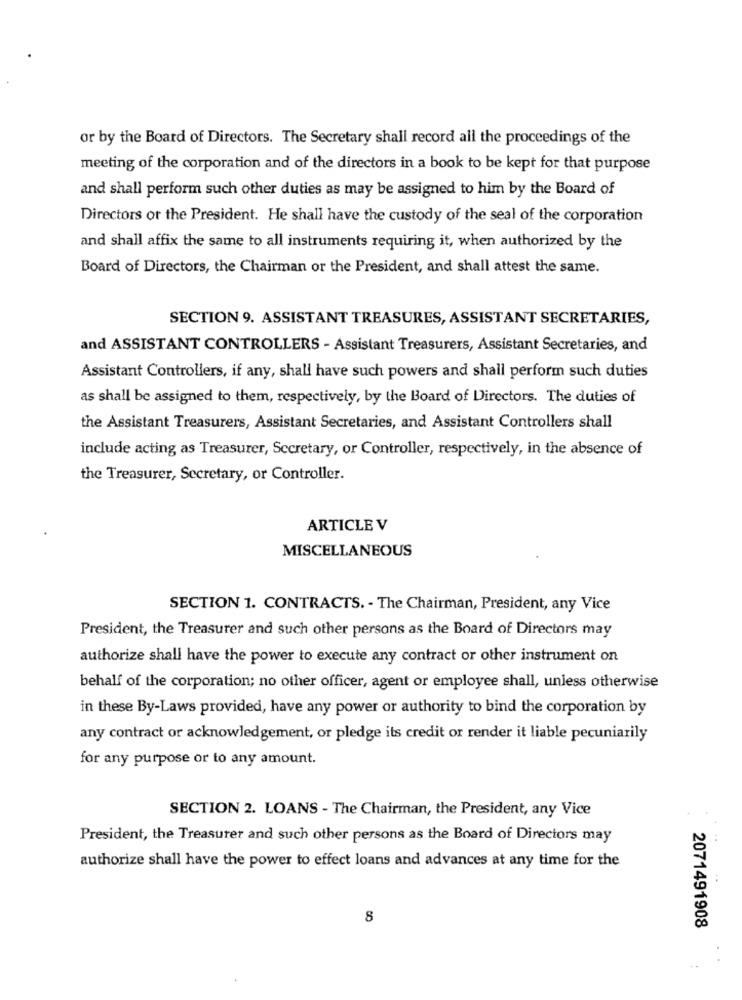
or by the Board of Directors. The Secretary shall record all the proceedings of the
meeting of the corporation and of the directors in a book to be kept for that purpose
and shall perform such other duties as may be assigned to him by the Board of
Directors or the President. He shall have the custody of the seal of the corporation
and shall affix the same to all instruments requiring it, when authorized by the
Board of Directors, the Chairman or the President, and shall attest the same.
SECTION 9. ASSISTANT TREASURES, ASSISTANT SECRETARIES,
and ASSISTANT CONTROLLERS - Assistant Treasurers, Assistant Secretaries, and
Assistant Controllers, if any, shall have such powers and shall perform such duties
as shall be assigned to them, respectively, by the Board of Directors. The duties of
the Assistant Treasurers, Assistant Secretaries, and Assistant Controllers shall
include acting as Treasurer, Secretary, or Controller, respectively, in the absence of
the Treasurer, Secretary, or Controller.
ARTICLE V
MISCELLANEOUS
SECTION 1. CONTRACTS. - The Chairman, President, any Vice
President, the Treasurer and such other persons as the Board of Directors may
authorize shall have the power to execute any contract or other instrument on
behalf of the corporation; no other officer, agent or employee shall, unless otherwise
in these By-Laws provided, have any power or authority to bind the corporation by
any contract or acknowledgement, or pledge its credit or render it liable pecuniarily
for any purpose or to any amount.
SECTION 2. LOANS - The Chairman, the President, any Vice
President, the Treasurer and such other persons as the Board of Directors may
authorize shall have the power to effect loans and advances at any time for the
8
2071491908